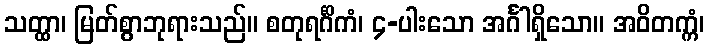
သတ္ထာ၊ မြတ်စွာဘုရားသည်။ စတုရင်္ဂိကံ၊ ၄-ပါးသော အင်္ဂါရှိသော။ အဝိတက္ကံ၊